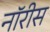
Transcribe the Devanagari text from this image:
नॉरीस